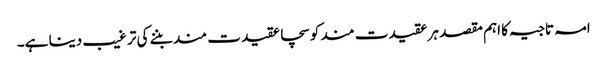
امہ تاجیہ کا اہم مقصد ہر عقیدت مند کو سچا عقیدت مند بننے کی تر غیب دینا ہے۔